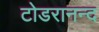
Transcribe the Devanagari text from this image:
टोडरानन्द